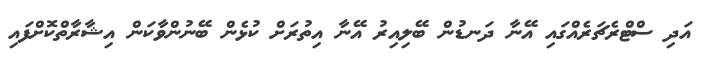
އަދި ސްޓްރެޗަރެއްގައި އޭނާ ދަނޑުން ބޭލިއިރު އޭނާ އިތުރަށް ކުޅެން ބޭނުންވާކަން އިޝާރާތްކޮށްފައި